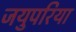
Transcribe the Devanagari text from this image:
जयुपरिया